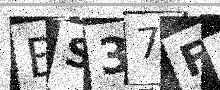
Text: BS37FN